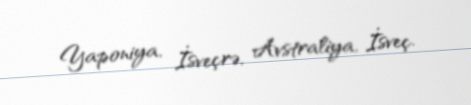
Yaponiya, İsveçrə, Avstraliya, İsveç.